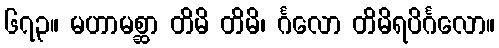
၆၇၃။ မဟာမစ္ဆာ တိမိ တိမိ၊ င်္ဂလော တိမိရပိင်္ဂလော။